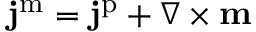
\mathbf { j } ^ { \mathrm { m } } = \mathbf { j } ^ { \mathrm { p } } + \nabla \times \mathbf { m }